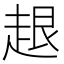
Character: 𧻠